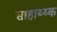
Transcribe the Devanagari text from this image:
साहाय्य्क